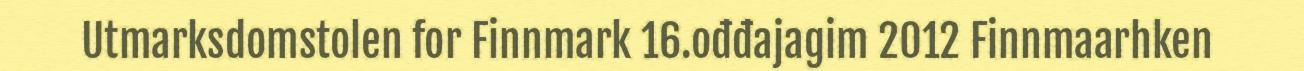
Utmarksdomstolen for Finnmark 16.ođđajagim 2012 Finnmaarhken